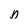
Character: n